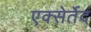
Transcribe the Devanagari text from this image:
एक्सेर्तेद